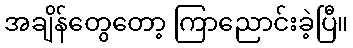
အချိန်တွေတော့ ကြာညောင်းခဲ့ပြီ။